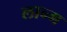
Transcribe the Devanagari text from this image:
लान्ग